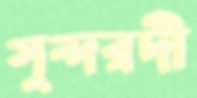
সুন্দরদী